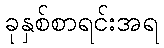
ခုနှစ်စာရင်းအရ